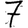
Digit: 7